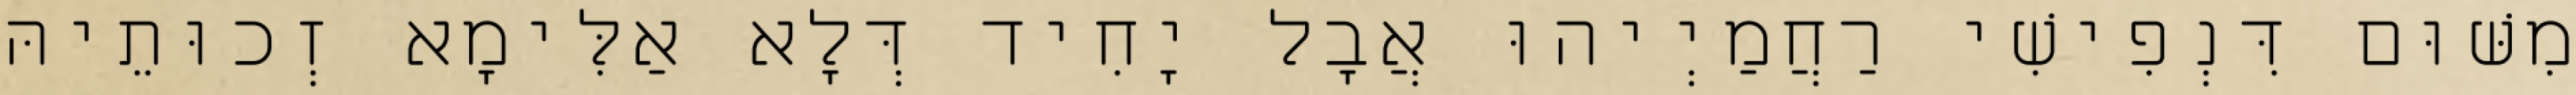
מִשּׁוּם דִּנְפִישִׁי רַחֲמַיְיהוּ אֲבָל יָחִיד דְּלָא אַלִּימָא זְכוּתֵיהּ